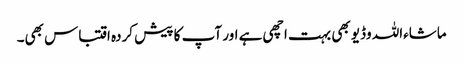
ماشاءاللہ وڈیو بھی بہت اچھی ہے اور آپ کا پیش کردہ اقتباس بھی۔